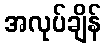
အလုပ်ချိန်